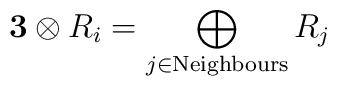
{\bf 3} \otimes R_i = \bigoplus\limits_{j\in{\rm Neighbours}} R_j